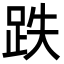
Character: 跌